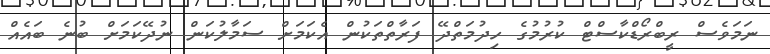
ނަމަވެސް ރީބްރޯޑްކާސްޓް ކުރުމުގެ ހިދުމަތްދޭ ފަރާތްތަކުން އެކަމަށް ސަމާލުކަން ނުދޭކަމަށް ބުނެ ބައެއް